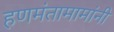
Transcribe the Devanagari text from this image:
हणमंतामामांनी